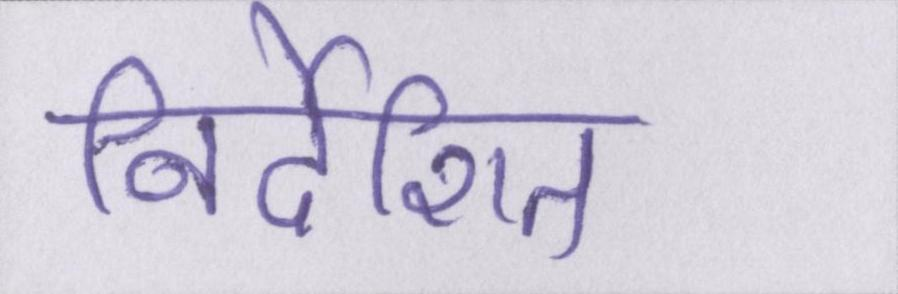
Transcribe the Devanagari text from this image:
निर्देशित